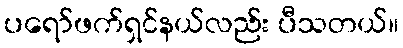
ပရော်ဖက်ရှင်နယ်လည်း ပီသတယ်။